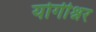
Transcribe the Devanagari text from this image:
योगीश्नर